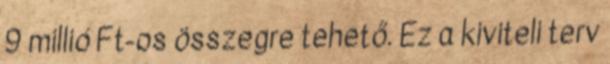
9 millió Ft-os összegre tehető. Ez a kiviteli terv